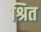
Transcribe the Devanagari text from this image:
श्रित